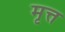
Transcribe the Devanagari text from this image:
मृत्त